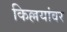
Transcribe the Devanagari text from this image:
किल्लयांवर